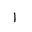
Letter: _alif